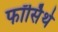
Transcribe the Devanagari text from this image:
फॉर्सिथे